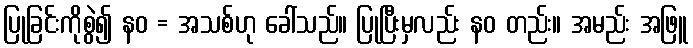
ပြုခြင်းကိုစွဲ၍ နဝ = အသစ်ဟု ခေါ်သည်။ ပြုပြီးမှလည်း နဝ တည်း။ အမည်း အဖြူ